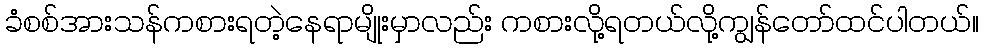
ခံစစ်အားသန်ကစားရတဲ့နေရာမျိုးမှာလည်း ကစားလို့ရတယ်လို့ကျွန်တော်ထင်ပါတယ်။